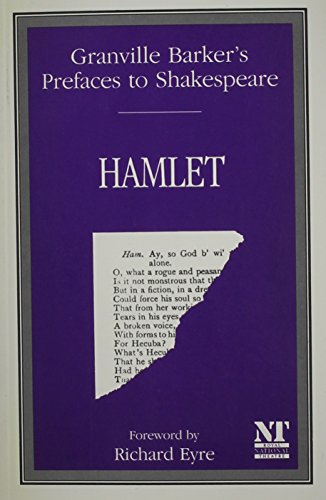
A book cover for Prefaces to Shakespeare; Harley Granville Barker; Literature & Fiction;